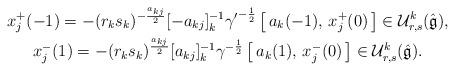
LaTeX: \begin{gather*}x_j^+(-1)=-(r_ks_k)^{-\frac{a_{kj}}{2}}[-a_{kj}]_k^{-1}{\gamma'}^{-\frac{1}{2}}\,\bigl[\,a_k(-1),\,x_j^+(0)\,\bigr]\in {\mathcal U}^k_{r,s}(\hat{\frak{g}}),\\x_j^-(1)=-(r_ks_k)^{\frac{a_{kj}}{2}}[a_{kj}]_k^{-1}{\gamma}^{-\frac{1}{2}}\,\bigl[\,a_k(1),\,x_j^-(0)\,\bigr]\in{\mathcal U}^k_{r,s}(\hat{\frak{g}}).\end{gather*}